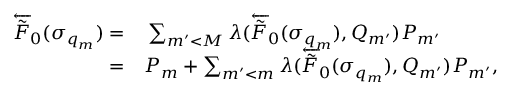
\begin{array} { r l } { \overleftarrow { \tilde { F } } _ { 0 } ( \sigma _ { q _ { m } } ) = } & { { } \sum _ { m ^ { \prime } < M } \lambda ( \overleftarrow { \tilde { F } } _ { 0 } ( \sigma _ { q _ { m } } ) , Q _ { m ^ { \prime } } ) P _ { m ^ { \prime } } } \\ { = } & { { } P _ { m } + \sum _ { m ^ { \prime } < m } \lambda ( \overleftarrow { \tilde { F } } _ { 0 } ( \sigma _ { q _ { m } } ) , Q _ { m ^ { \prime } } ) P _ { m ^ { \prime } } , } \end{array}